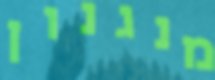
מנגנון